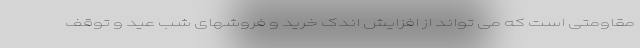
مقاومتی است که می تواند از افزایش اندک خرید و فروشهای شب عید و توقف